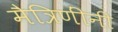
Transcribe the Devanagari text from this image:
मैत्रिणींनी